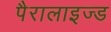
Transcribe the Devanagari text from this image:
पैरालाइज्ड